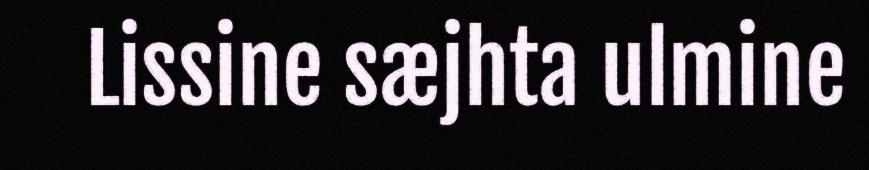
Lissine sæjhta ulmine